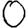
Digit: 0